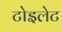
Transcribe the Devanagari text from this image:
टोइलेट